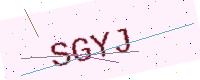
Text: SGYJ